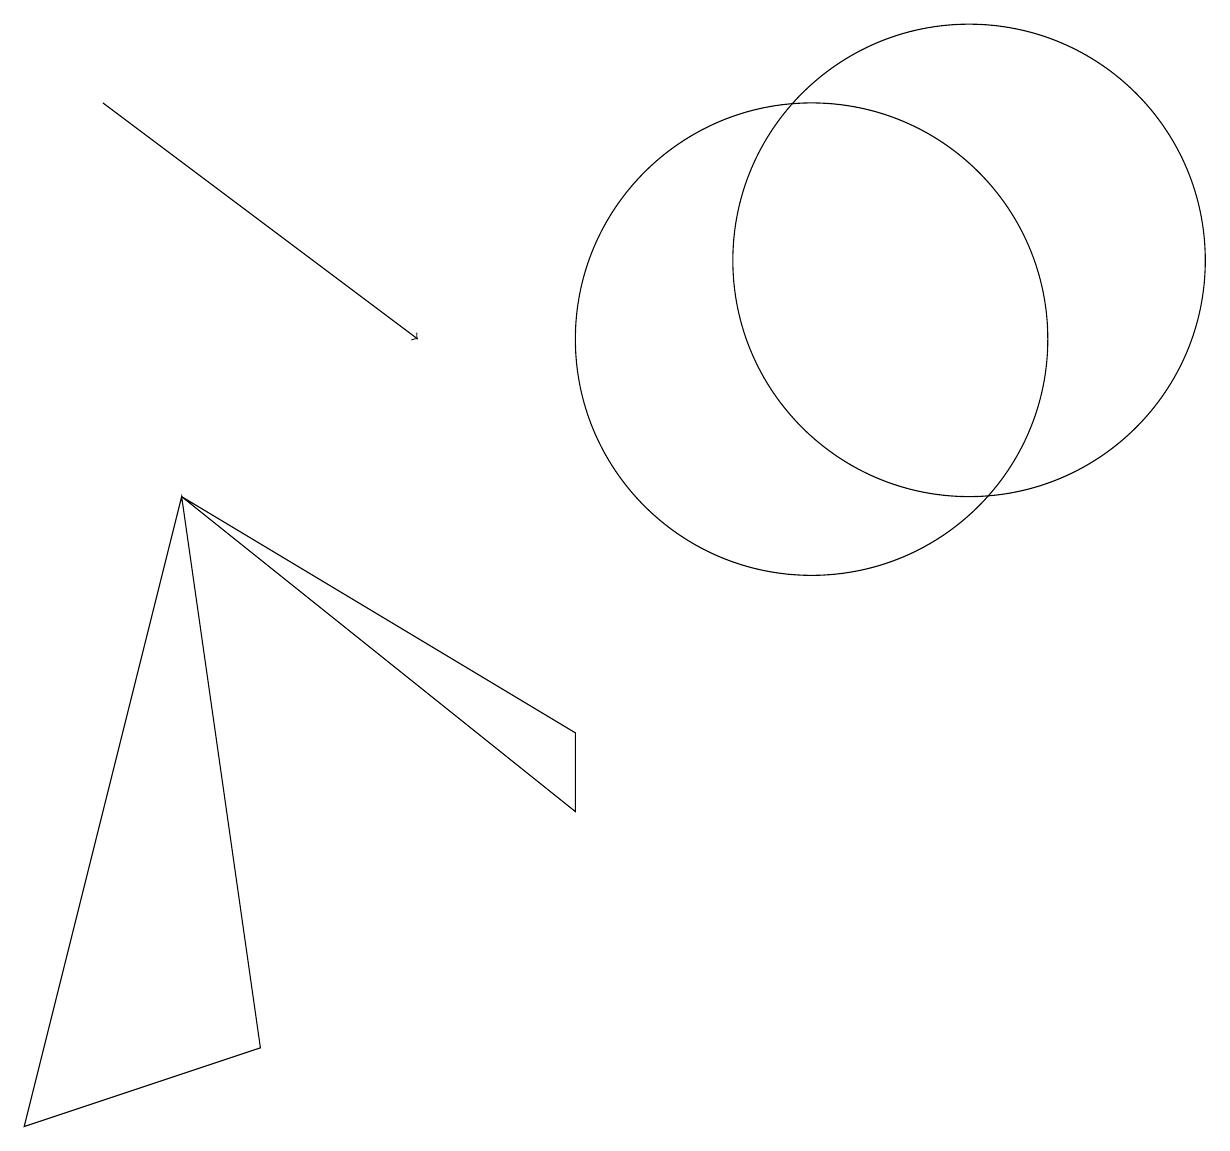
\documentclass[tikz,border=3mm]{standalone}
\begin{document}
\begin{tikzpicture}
\draw (7,5) -- (2,8) -- (7,4) -- cycle;
\draw (0,0) -- (2,8) -- (3,1) -- cycle;
\draw[->] (1,13) -- (5,10);
\draw (10,10) circle (3);
\draw (12,11) circle (3);
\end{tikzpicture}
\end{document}